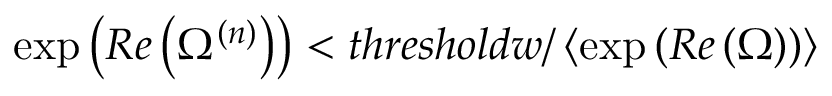
\exp \left( R e \left( \Omega ^ { ( n ) } \right) \right) < t h r e s h o l d w / \left\langle \exp \left( R e \left( \Omega \right) \right) \right\rangle